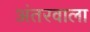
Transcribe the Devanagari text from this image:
अंतरवाला